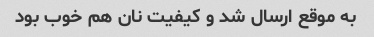
به موقع ارسال شد و کیفیت نان هم خوب بود